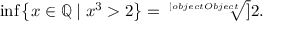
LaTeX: \operatorname* { i n f } \left\{ x \in \mathbb { Q } \mid x ^ { 3 } > 2 \right\} = { \sqrt [ [object Object] ] { 2 } } .